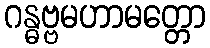
ဂန္ဓဗ္ဗမဟာမတ္တော